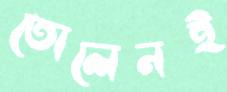
তোলেনই